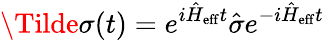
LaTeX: \Tilde{\sigma}(t)=e^{i\hat{H}_{\mathrm{eff}}t}\hat{\sigma}e^{-i\hat{H}_{\mathrm{eff}}t}